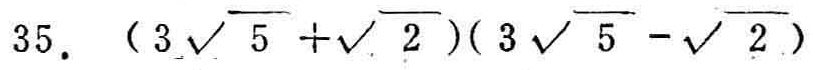
$35.\ (3\sqrt{5}+\sqrt{2})(3\sqrt{5}-\sqrt{2})$